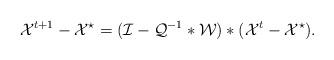
LaTeX: \begin{align*}\mathcal{X}^{t+1}-\mathcal{X}^{\star}=(\mathcal{I}-\mathcal{Q}^{-1}*\mathcal{W})*(\mathcal{X}^{t}-\mathcal{X}^{\star}).\end{align*}